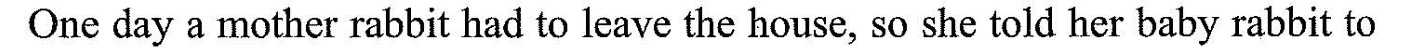
One day a mother rabbit had to leave the house, so she told her baby rabbit to